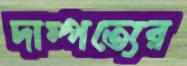
দাম্পত্যের